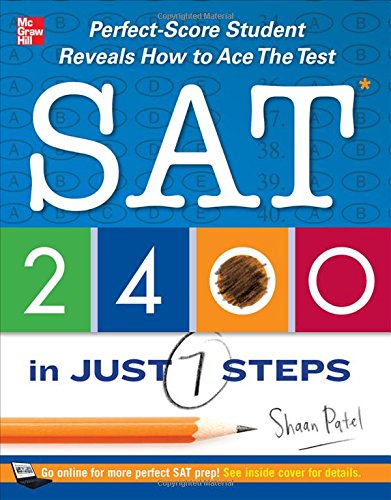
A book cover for SAT 2400 in Just 7 Steps: Perfect-Score Student Reveals How to Ace the Test; Shaan Patel; Test Preparation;